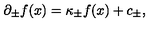
\partial _ { \pm } f ( x ) = \kappa _ { \pm } f ( x ) + c _ { \pm } ,